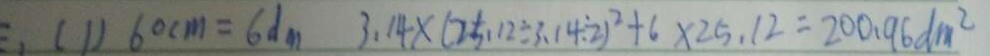
( 1 ) 6 0 c m = 6 d m 3 . 1 4 \times ( 2 5 . 1 2 \div 3 . 1 4 \div 2 ) ^ { 2 } + 6 \times 2 5 . 1 2 = 2 0 0 . 9 6 d m ^ { 2 }